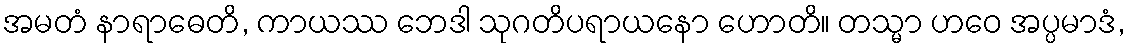
အမတံ နာရာဓေတိ, ကာယဿ ဘေဒါ သုဂတိပရာယနော ဟောတိ။ တသ္မာ ဟဝေ အပ္ပမာဒံ,